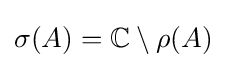
\sigma (A)=\mathbb {C} \setminus \rho (A)